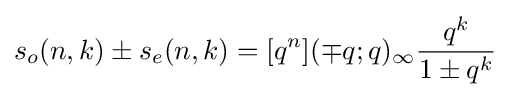
s_{o}(n,k)\pm s_{e}(n,k)=[q^{n}](\mp q;q)_{\infty }{\frac {q^{k}}{1\pm q^{k}}}